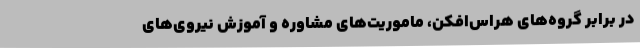
در برابر گروه‌های هراس‌افکن، ماموریت‌های مشاوره و آموزش نیروی‌های